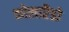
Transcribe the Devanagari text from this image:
कोलारैडो